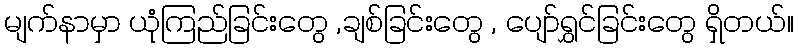
မျက်နာမှာ ယုံကြည်ခြင်းတွေ ,ချစ်ခြင်းတွေ , ပျော်ရွှင်ခြင်းတွေ ရှိတယ်။